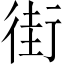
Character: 街